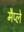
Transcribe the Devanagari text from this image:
मैप्ले